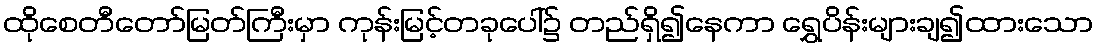
ထိုစေတီတော်မြတ်ကြီးမှာ ကုန်းမြင့်တခုပေါ်၌ တည်ရှိ၍နေကာ ရွှေပိန်းများချ၍ထားသော